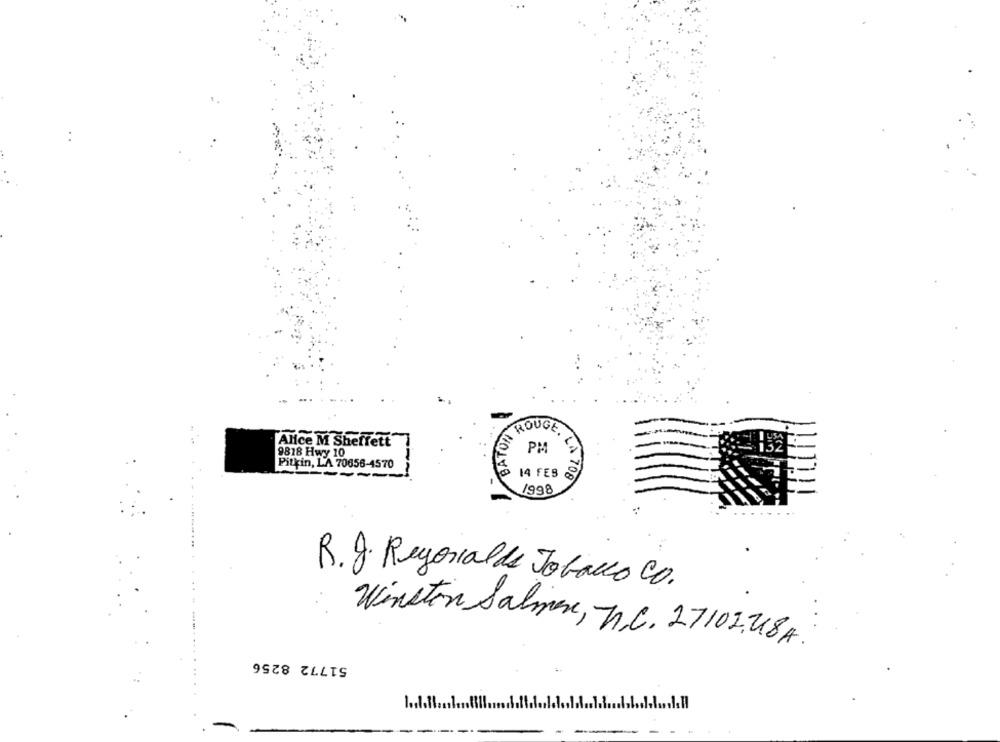
BATORI
ROUGE.
Alice M Sheffett
9818 Hwy 10
PM
Pitkin, LA 70656-4570
14 FES
LA 708
/998
R.J. Regorial de Tobacco CO.
Winston Salmer, T.C. 27102,U84.
51772 8256
- -